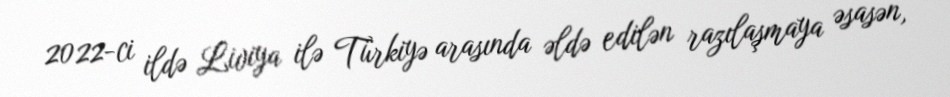
2022-ci ildə Liviya ilə Türkiyə arasında əldə edilən razılaşmaya əsasən,